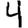
Digit: 4